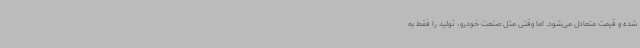
شده و قیمت متعادل می‌شود. اما وقتی مثل صنعت خودرو، تولید را فقط به